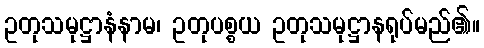
ဥတုသမုဋ္ဌာနံနာမ၊ ဥတုပစ္စယ ဥတုသမုဋ္ဌာနရုပ်မည်၏။